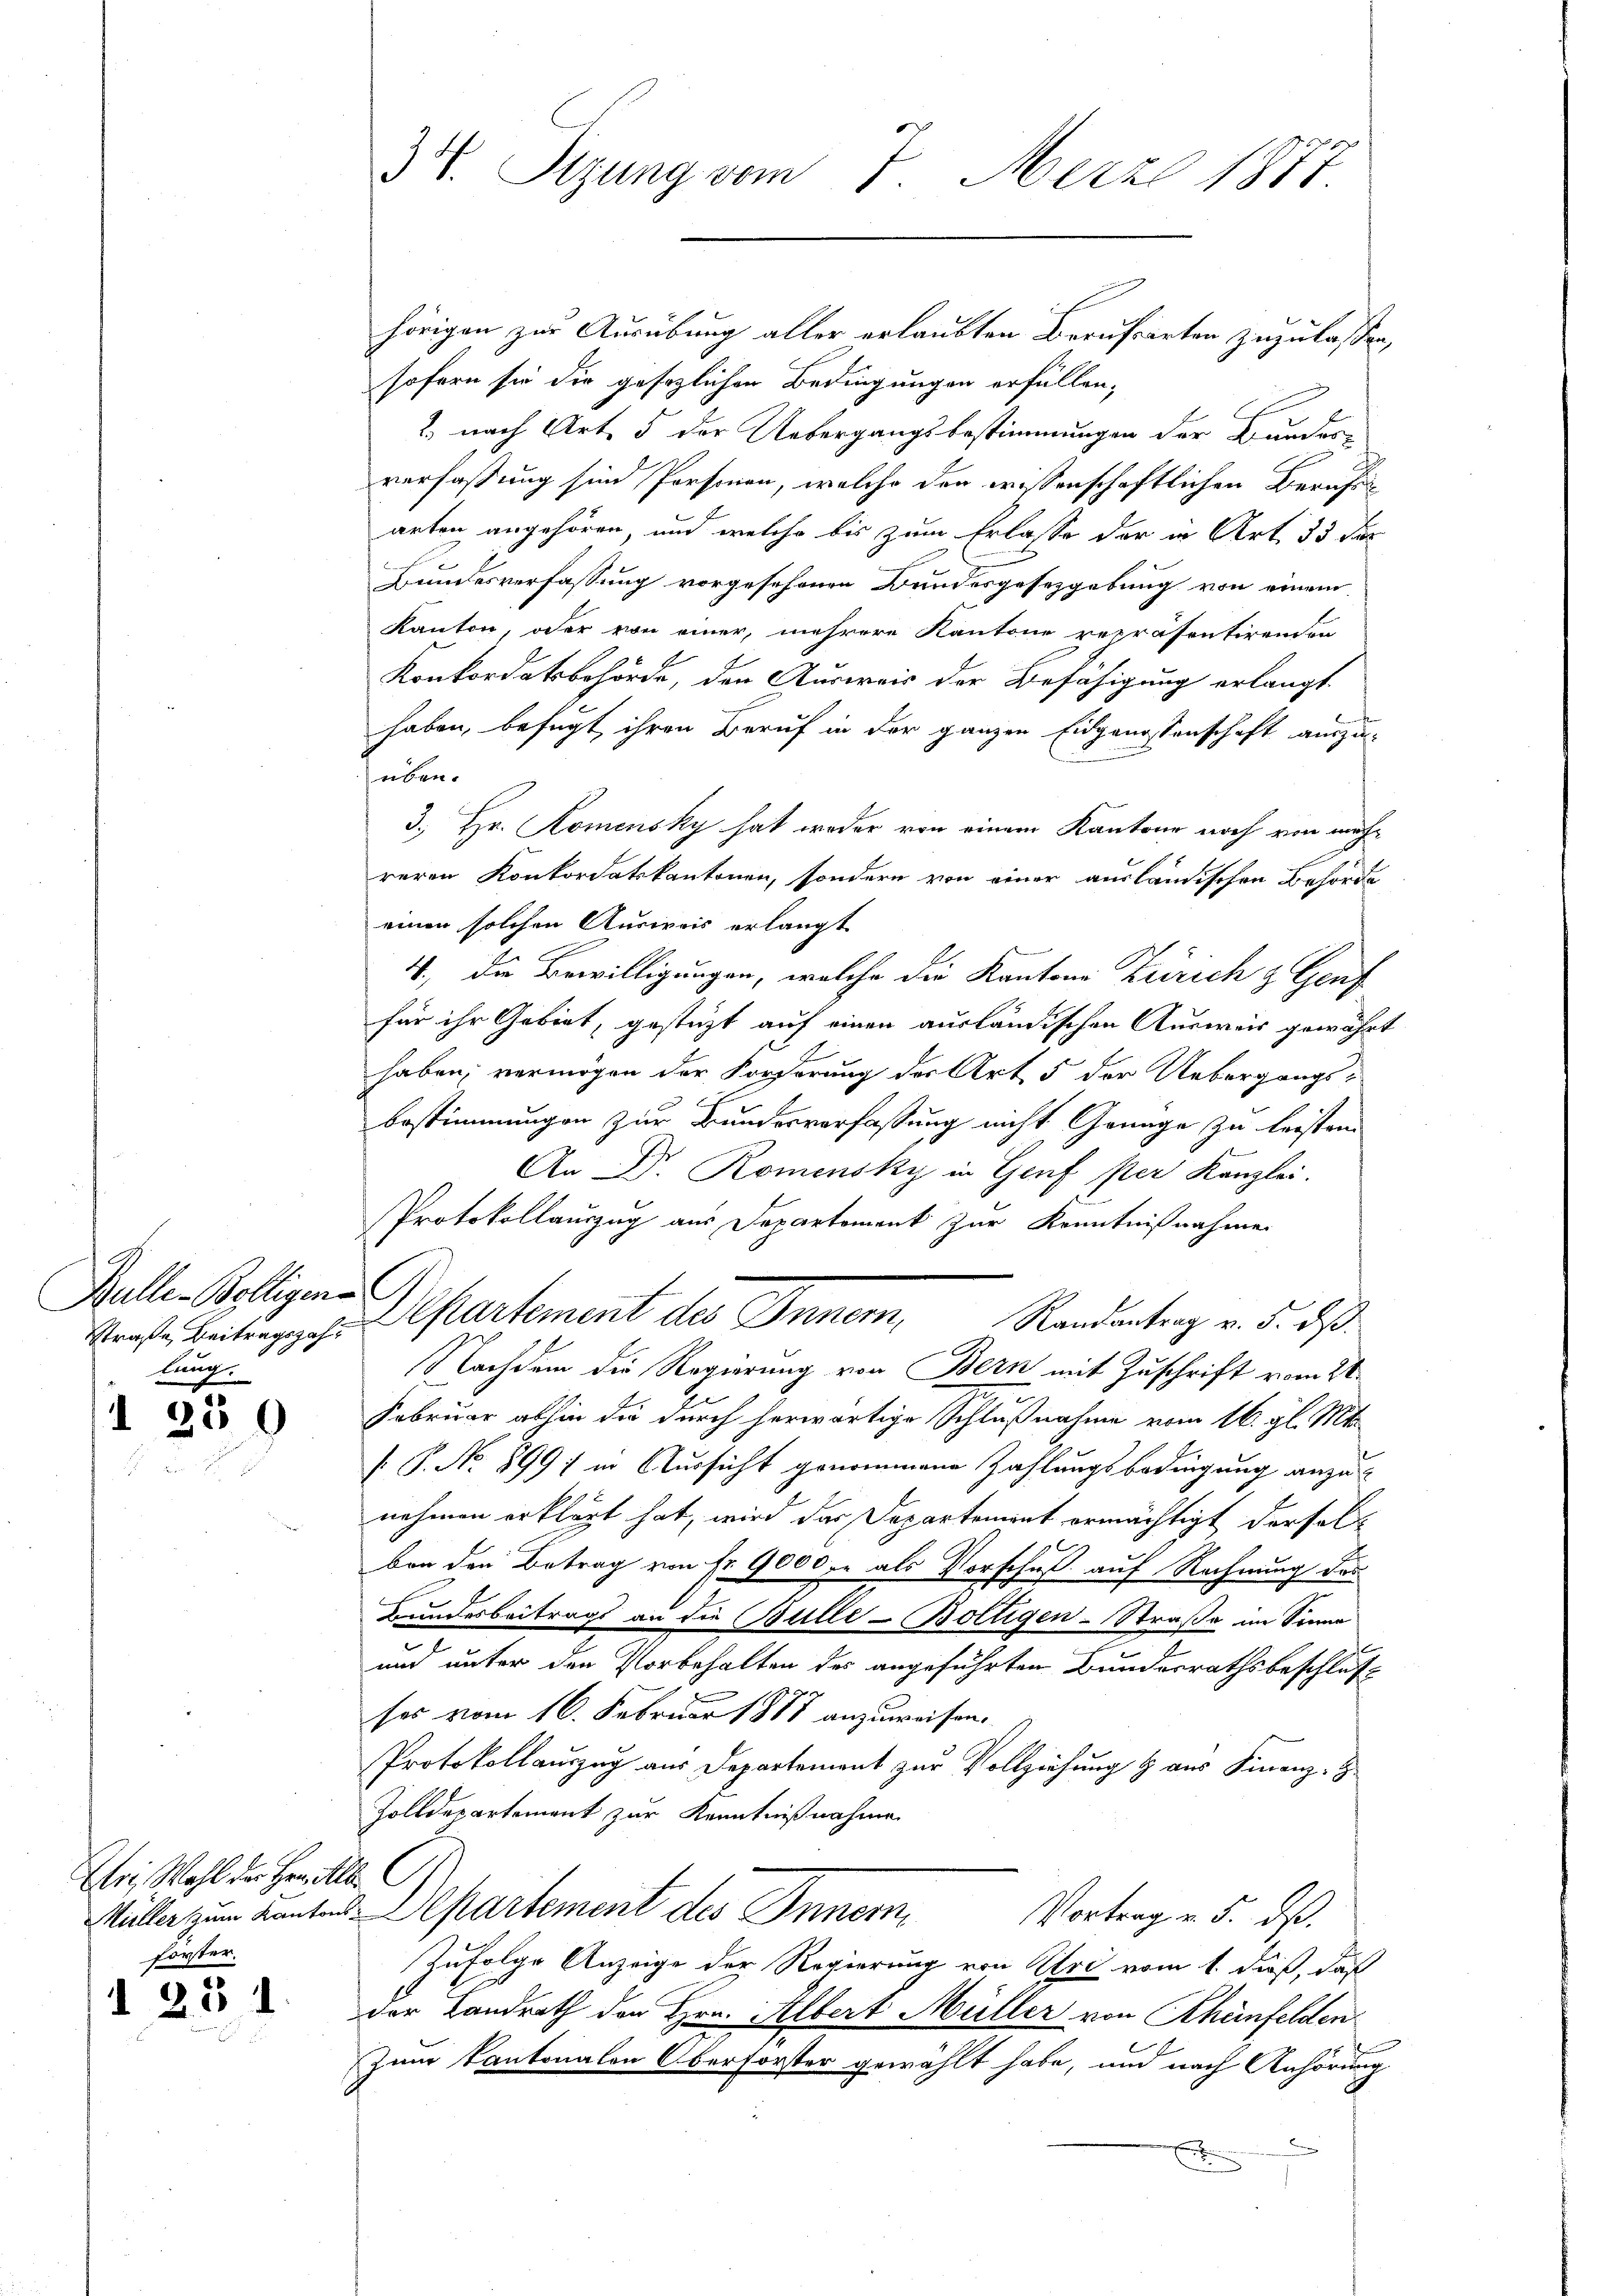
Bulle-Bolligena
Straße Beitragszahlung.

230

r Wahl der Herr Alb. C
forster.

25 1

34. Sitzung vom 7. März 1877.

hörigen zur Ausübung aller erlaubten Berufsarten zuzulassen,
sofern sie die gesezlichen Bedingungen erfüllen,
2. nach Art. 5 der Uebergangsbestimmungen der Bundere
verfaßung sind Personen, welche den wissenschaftlichen Berufsarten angehören, und welche bis zum Erlasse der in Art 33 der
Bundesverfassung vorgeschonen Bundesgesetzgebung von einem
Kanton, oder von einer, mehrere Kantone repräsentirenden
Konkordatsbehörde, den Ausweis der Befähigung erlangt
haben, befugt, ihren Beruf in der ganzen Eidgenossenschaft auszu-
üben.
3., Hr. Komensky hat weder von einem Kantone noch von möchreren Konkordatskantonen, sondern von einer ausländischen Behörde
einen solchen Ausweis erlangt
4., die Bewilligungen, welche die Kantone Zürich & Genf
für ihr Gebiet, gestüzt auf einen ausländischen Ausweis gewährt
haben, vermögen der Forderung der Art 5 der Uebergangs-
Bestimmungen zur Bundesverfassung nicht Genüge zu leisten.
An Dr. Romensky in Genf per Kanzlei.
Protokollauszug aus Departement zur Kenntnißnahme
Departement des Innen Randantrag v. 5. ds
Nachdem die Regierung von Bern mit Zuschrift vom 21.
Februar abhin die durch herwärtige Schlußnahme vom 16. gl. Mts.
[.P. No 899) in Aussicht genommene Zahlungsbedingung anzunehmen erklärt hat, wird das Departement ermächtigt darfel
ben den Betrag von fr. 9000. als Vorschuß auf Rechnung das
Bundesbeitrags an die Bulle-Boltigen-Straße im Sinne
c
un unter den Vorbehalten des angeführten Bundesrathsbeschluß
ses vom 16. Februar 1888 anzuweisen.
Protokollauszug aus Departement zur Vollziehung & aus Finanz-
Zolldepartement zur Kenntnißnahme
Müller zum Kantons-Departement des Innern,
Vortrag v. 5. dß.
Zufolge Anzeige der Regierung von Khri vom 1. daß, daß
der Landrath den Hrn. Albert Müller von Khönfelden
Zum Kantonalen Oberforster gewählt habe, und nach Anhörung
x
x